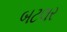
બટલર